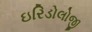
ઇરિડોલોજી